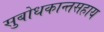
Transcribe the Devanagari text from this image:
सुबोधकान्तसहाय